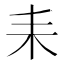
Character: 耒